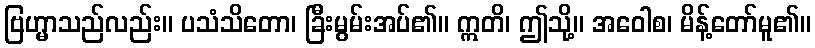
ဗြဟ္မာသည်လည်း။ ပသံသိတော၊ ခြီးမွမ်းအပ်၏။ ဣတိ၊ ဤသို့။ အဝေါစ၊ မိန့်တော်မူ၏။